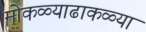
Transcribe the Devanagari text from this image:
मोकळ्याढाकळ्या